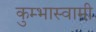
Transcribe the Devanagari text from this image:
कुम्भास्वामी